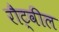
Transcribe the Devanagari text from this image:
रौट्वील